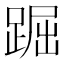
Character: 䠇